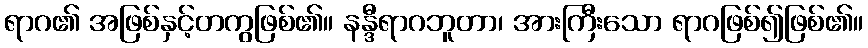
ရာဂ၏ အဖြစ်နှင့်တကွဖြစ်၏။ နန္ဒီရာဂဘူတာ၊ အားကြီးသော ရာဂဖြစ်၍ဖြစ်၏။